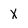
Character: x